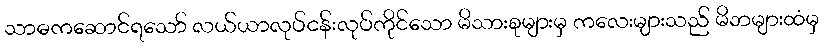
သာဓကဆောင်ရသော် လယ်ယာလုပ်ငန်းလုပ်ကိုင်သော မိသားစုများမှ ကလေးများသည် မိဘများထံမှ